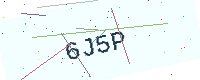
Text: 6J5P